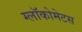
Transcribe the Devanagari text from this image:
ग्लॉकोमेटस